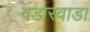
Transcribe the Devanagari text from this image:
वडारवाडा